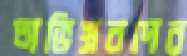
অভিস্রবণের